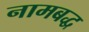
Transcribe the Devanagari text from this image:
नामबद्ध